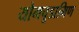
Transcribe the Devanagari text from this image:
योगचूडामिण